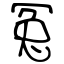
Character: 冤